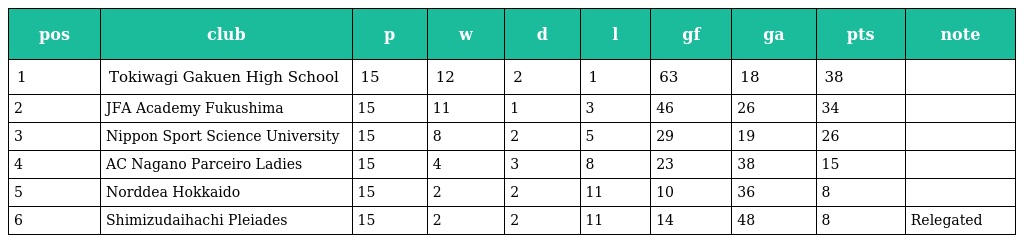
| pos | club | p | w | d | l | gf | ga | pts | note |
 | --- | --- | --- | --- | --- | --- | --- | --- | --- | --- |
 | 1 | Tokiwagi Gakuen High School | 15 | 12 | 2 | 1 | 63 | 18 | 38 |  |
 | 2 | JFA Academy Fukushima | 15 | 11 | 1 | 3 | 46 | 26 | 34 |  |
 | 3 | Nippon Sport Science University | 15 | 8 | 2 | 5 | 29 | 19 | 26 |  |
 | 4 | AC Nagano Parceiro Ladies | 15 | 4 | 3 | 8 | 23 | 38 | 15 |  |
 | 5 | Norddea Hokkaido | 15 | 2 | 2 | 11 | 10 | 36 | 8 |  |
 | 6 | Shimizudaihachi Pleiades | 15 | 2 | 2 | 11 | 14 | 48 | 8 | Relegated |